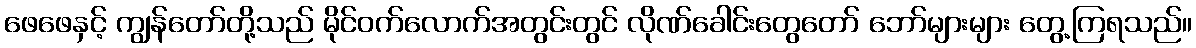
ဖေဖေနှင့် ကျွန်တော်တို့သည် မိုင်ဝက်လောက်အတွင်းတွင် လိုဏ်ခေါင်းတွေတော် ဘော်များများ တွေ့ကြရသည်။